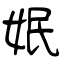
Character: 姄